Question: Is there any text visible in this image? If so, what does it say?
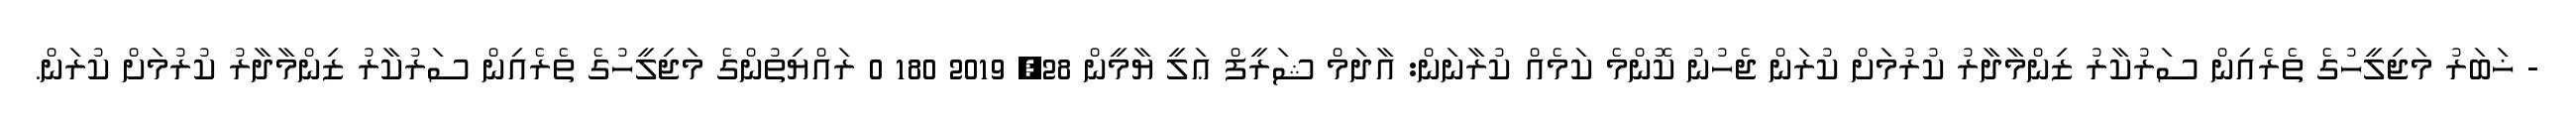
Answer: - ޚަބަރު މަޖިލީހުގެ ތެރެއިން ސަރުކާރު ޒިންމާދާރު ކުރުމަށް ކުރަން ޖެހުނު ކޮންމެ ކަމެއް ކުރާނަން: އާދަމް ޝަރީފް ޢަލީ ޔާމީން 28, 2019 180 0 ރައްޔިތުންގެ މަޖިލީހުގެ ތެރެއިން ސަރުކާރު ޒިންމާދާރު ކުރުމަށް ކުރަން.